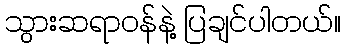
သွားဆရာဝန်နဲ့ ပြချင်ပါတယ်။